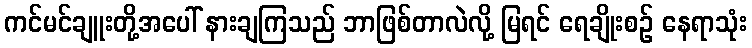
ကင်မင်ချူးတို့အပေါ် နားချကြသည် ဘာဖြစ်တာလဲလို့ မြရင် ရေချိုးစဉ် နေရာသုံး